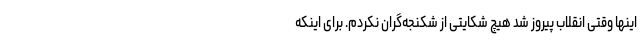
اینها وقتی انقلاب پیروز شد هیچ شکایتی از شکنجه‌گران نکردم. برای اینکه